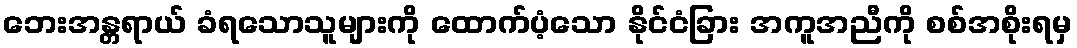
ဘေးအန္တရာယ် ခံရသောသူများကို ထောက်ပံ့သော နိုင်ငံခြား အကူအညီကို စစ်အစိုးရမှ